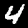
Label: 4